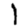
Digit: 1